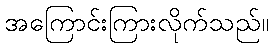
အကြောင်းကြားလိုက်သည်။